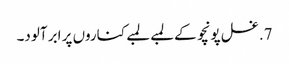
7. غسل پونچو کے لمبے لمبے کناروں پر ابر آلود۔